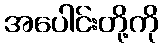
အပေါင်းတို့ကို